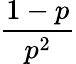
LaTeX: \frac{1-p}{p^{2}}